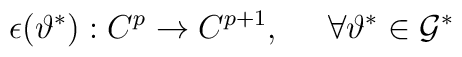
\epsilon(\vartheta^*) :C^p \rightarrow C^{p+1}, \;\;\;\;\;\forall \vartheta^* \in {\cal G}^*